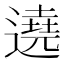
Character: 遶